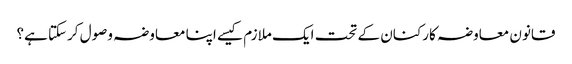
قانون معاوضہ کارکنان کے تحت ایک ملازم کیسے اپنا معاوضہ وصول کرسکتا ہے؟